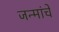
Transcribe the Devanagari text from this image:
जन्मांचे